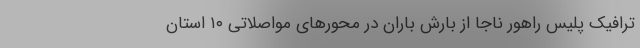
ترافیک پلیس راهور ناجا از بارش باران در محورهای مواصلاتی ۱۰ استان